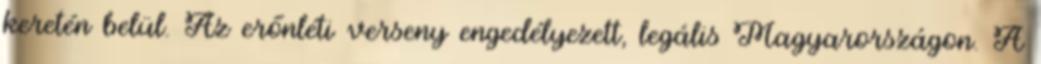
keretén belül. Az erőnléti verseny engedélyezett, legális Magyarországon. A